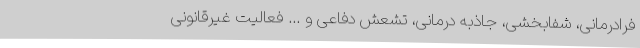
فرادرمانی، شفابخشی، جاذبه درمانی، تشعش دفاعی و ... فعالیت غیرقانونی